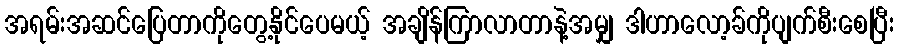
အရမ်းအဆင်ပြေတာကိုတွေ့နိုင်ပေမယ့် အချိန်ကြာလာတာနဲ့အမျှ ဒါဟာလော့ခ်ကိုပျက်စီးစေပြီး